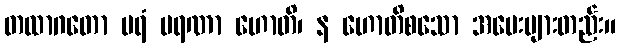
တထာဂတော ပရံ မရဏာ ဟောတိ၊ န ဟောတိစသော အမေးများတည်း။